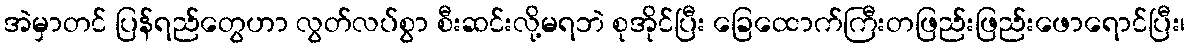
အဲမှာတင် ပြန်ရည်တွေဟာ လွတ်လပ်စွာ စီးဆင်းလို့မရဘဲ စုအိုင်ပြီး ခြေထောက်ကြီးတဖြည်းဖြည်းဖောရောင်ပြီး၊